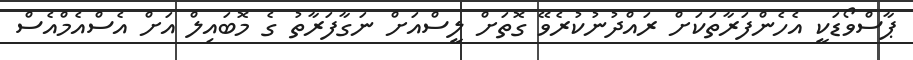
ޕާސްވޯޑަކީ އެހެންފަރާތަކަށް ރައްދުނުކުރެވޭ ގޮތަށް ލީސްއަށް ނަގާފަރާތު ގެ މޮބައިލް އަށް އެސްއެމްއެސް